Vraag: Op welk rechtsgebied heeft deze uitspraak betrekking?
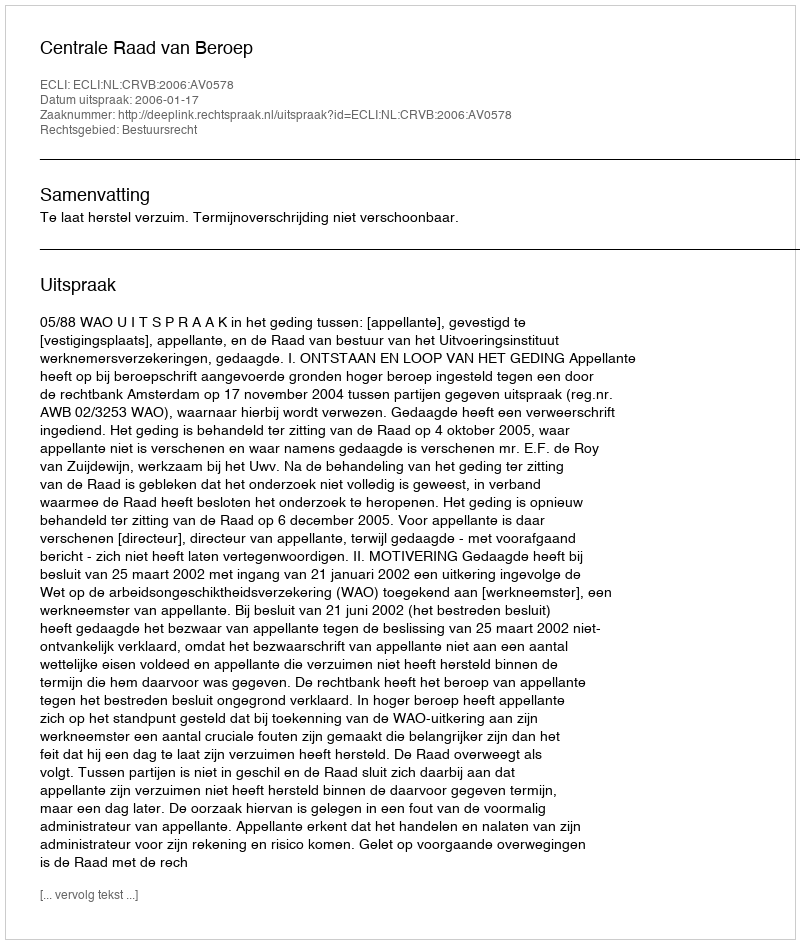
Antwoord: Bestuursrecht